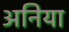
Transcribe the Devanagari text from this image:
अनिया